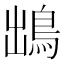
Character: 𩿩